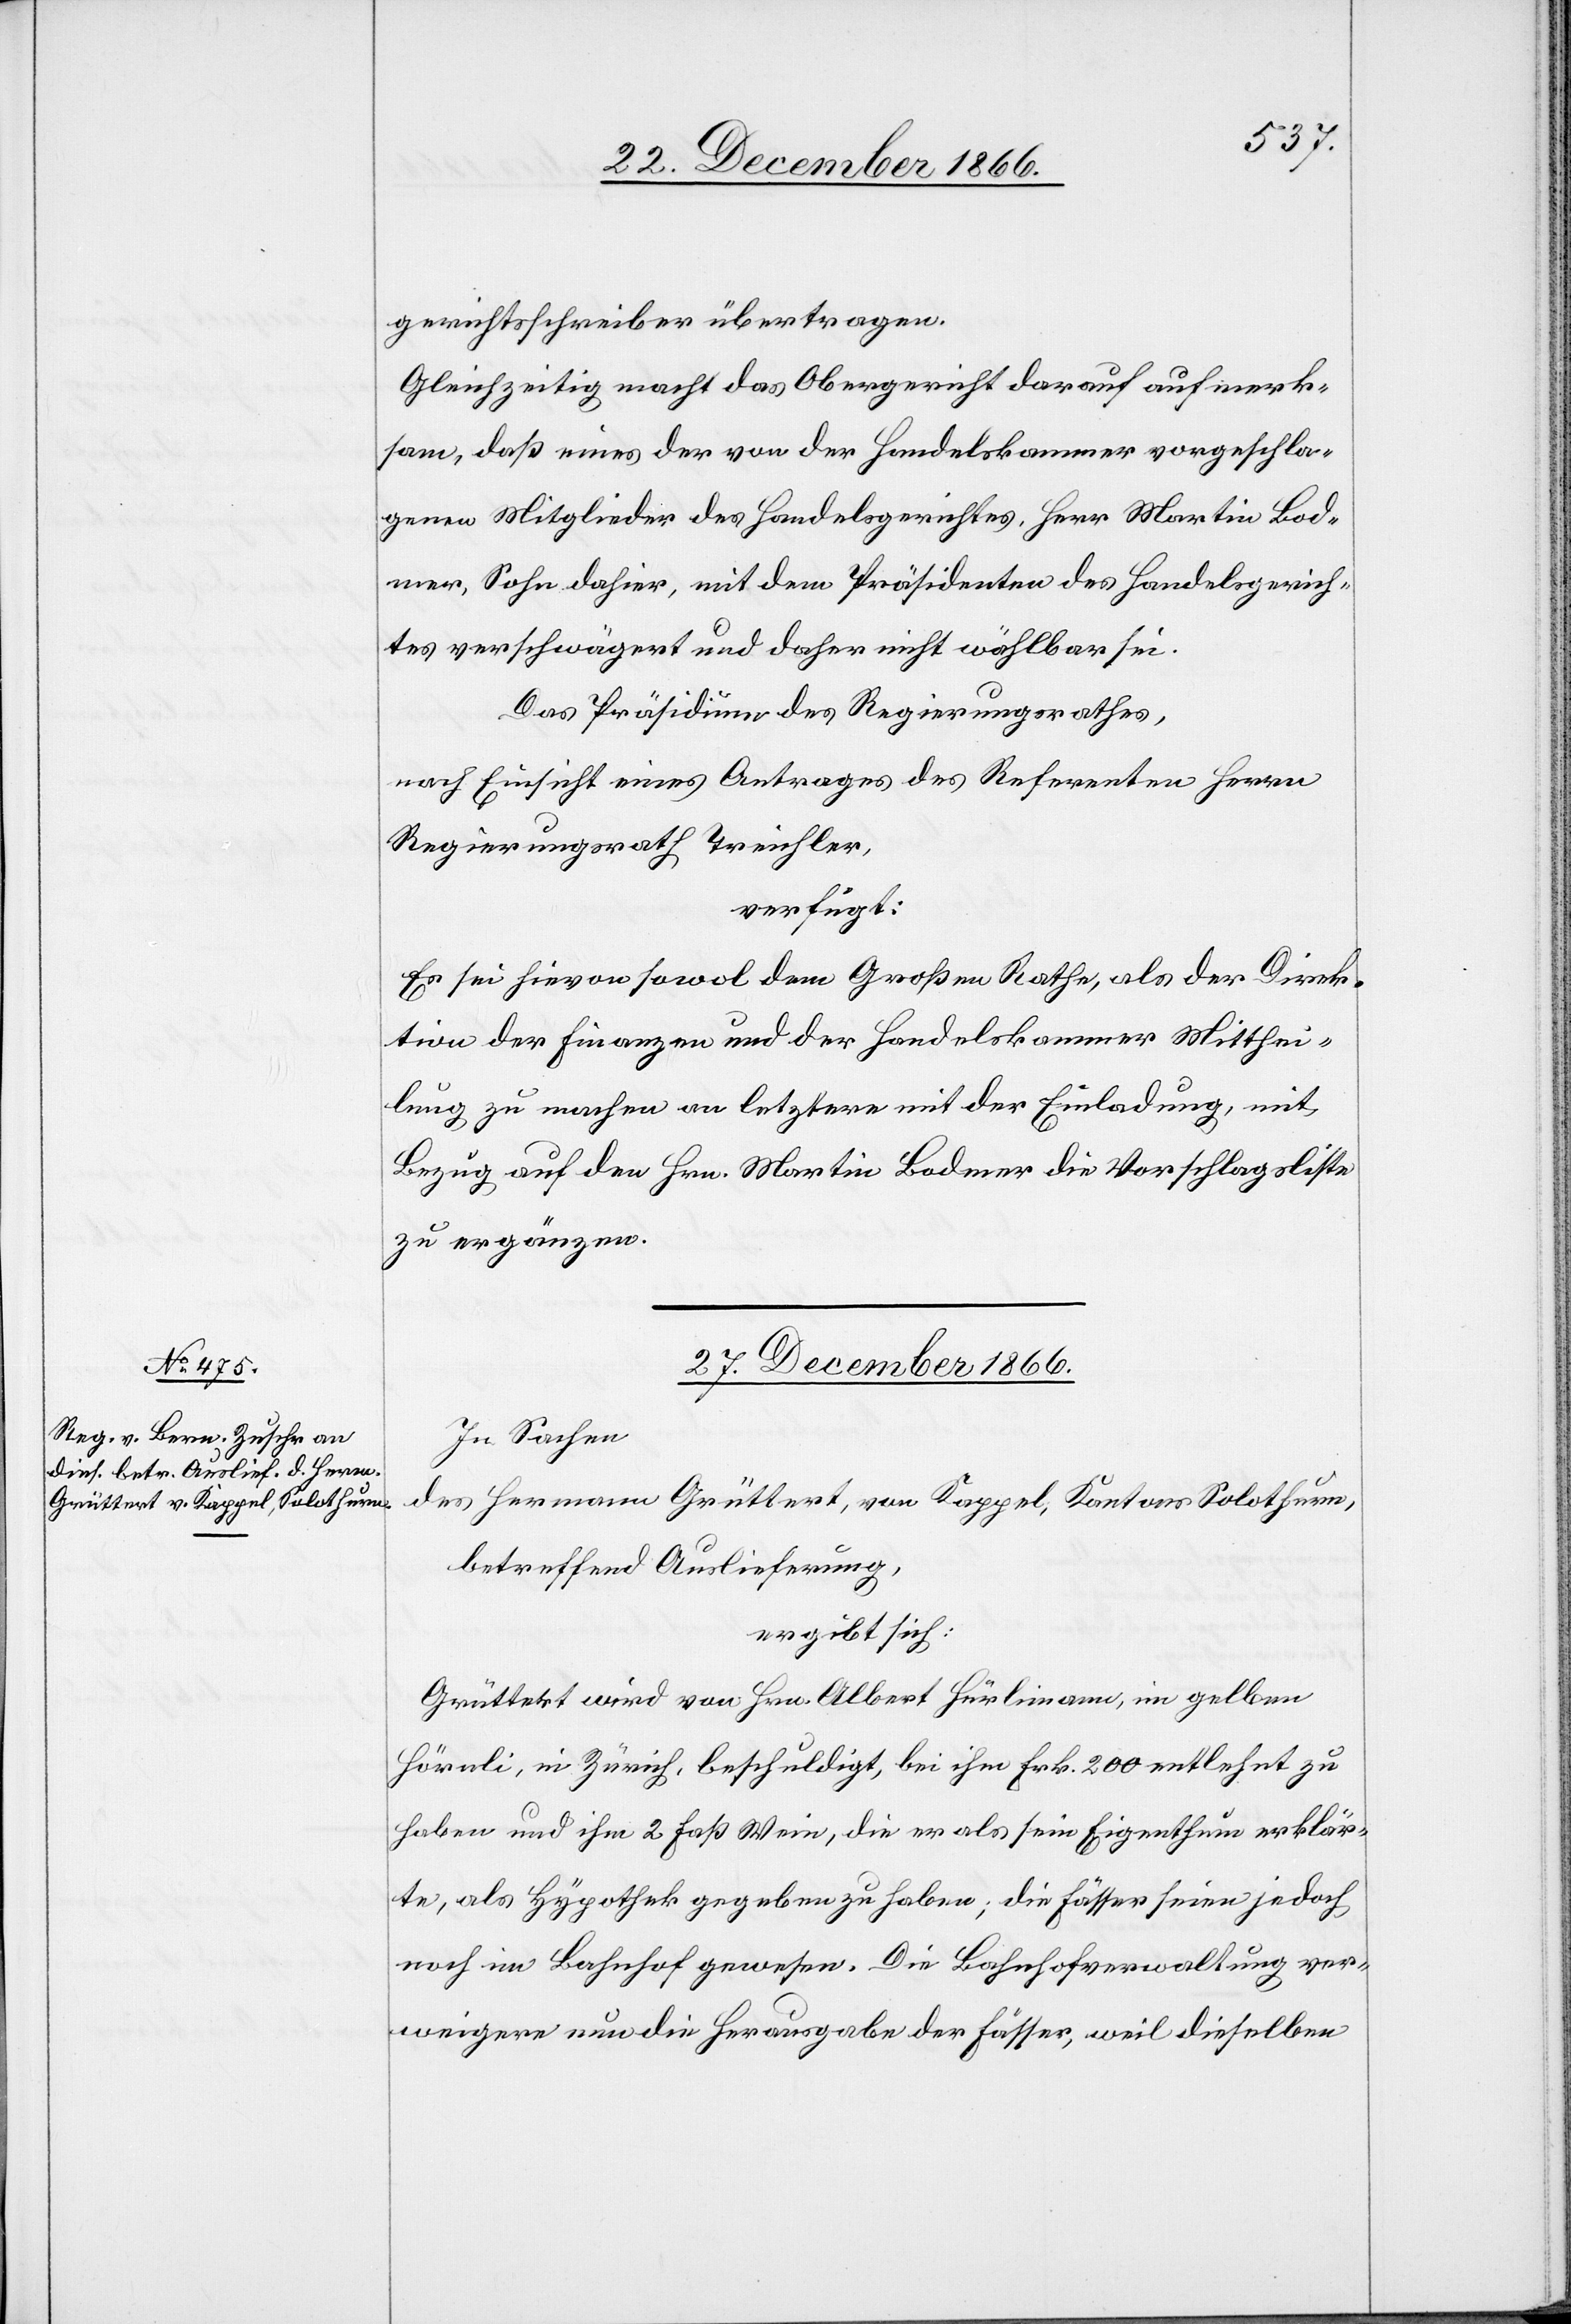
gerichtsschreiber übertragen.
Gleichzeitig macht das Obergericht darauf aufmerk¬
sam, daß eines der von der Handelskammer vorgeschla¬
genen Mitglieder des Handelsgerichtes, Herr Martin Bod¬
mer, Sohn dahier, mit dem Präsidenten des Handelsgerich¬
tes verschwägert und daher nicht wählbar sei.
Das Präsidium des Regierungsrathes,
nach Einsicht eines Antrages des Referenten Herrn
Regierungsrath Treichler,
verfügt:
Es sei hievon sowol dem Großen Rathe, als der Direk¬
tion der Finanzen und der Handelskammer Mitthei¬
lung zu machen, an letztere mit der Einladung, mit
Bezug auf den Hrn. Martin Bodmer die Vorschlagsliste
zu ergänzen.
27. December 1866.
In Sachen
des Hermann Grüttert, von Kappel, Kantons Solothurn,
betreffend Auslieferung,
ergibt sich:
Grüttert wird von Hrn. Albert Hürlimann, im gelben
Hörnli, in Zürich, beschuldigt, bei ihm Frk. 200 entlehnt zu
haben und ihm 2 Faß Wein, die er als sein Eigenthum erklär¬
te, als Hypothek gegeben zu haben; die Fässer seien jedoch
noch im Bahnhof gewesen. Die Bahnhofverwaltung ver¬
weigere nun die Herausgabe der Fässer, weil dieselben